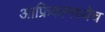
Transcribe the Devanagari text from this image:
आफ्रिकामध्येच